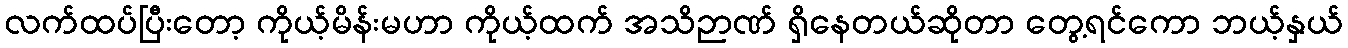
လက်ထပ်ပြီးတော့ ကိုယ့်မိန်းမဟာ ကိုယ့်ထက် အသိဉာဏ် ရှိနေတယ်ဆိုတာ တွေ့ရင်ကော ဘယ့်နှယ်